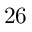
2 6